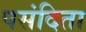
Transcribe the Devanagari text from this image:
पसंदिता